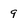
Character: 9